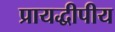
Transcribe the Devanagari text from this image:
प्रायद्धीपीय